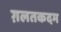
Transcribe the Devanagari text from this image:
ग़लतकदम